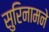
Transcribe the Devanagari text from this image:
सुरिनामने